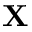
\textbf { X }